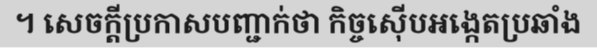
។ សេចក្តីប្រកាសបញ្ជាក់ថា កិច្ចស៊ើបអង្កេតប្រឆាំង